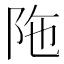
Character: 陁